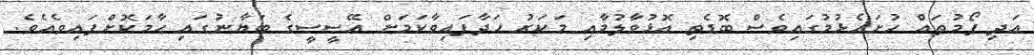
އަދި ފޯމުތައް ހުށައެޅުމުގައިވެސް ބޮޑެތި އޮޅުވާލުމާއި މަކަރު ހަދާފައިވާކަމަށް އޭސީސީގެ ބަޔާނުގައި ހާމަކޮށްފައިވެއެވެ.